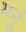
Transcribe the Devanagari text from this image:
मनुं